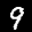
Label: 9